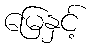
မြေနှင့်